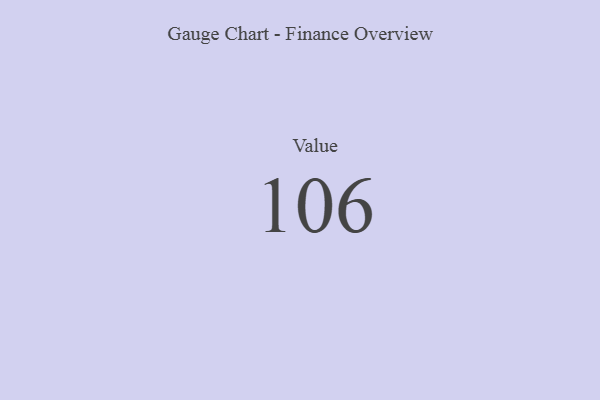
{"axis": {"x": "Metric", "y": "Value"}, "legend": [""], "data": [{"x": "Value", "y": 106, "type": ""}]}